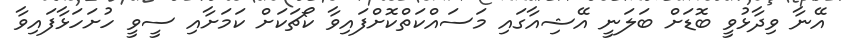
އޭނާ ވިދާޅުވީ ބޮޑަށް ބަލަނީ އޭޝިއާގައި މަސައްކަތްކޮށްފައިވާ ކޯޗަކަށް ކަމަށާއި ސީވީ ހުށަހަޅާފައިވާ